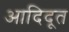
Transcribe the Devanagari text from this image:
आदिदूत